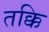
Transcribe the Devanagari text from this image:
तक्कि